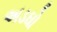
અડઘો